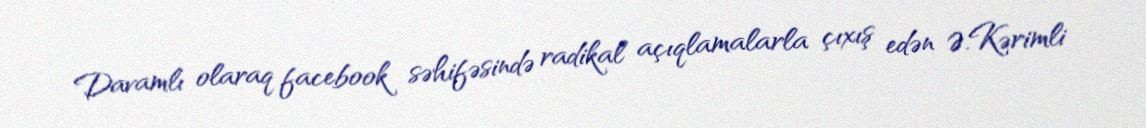
Davamlı olaraq facebook səhifəsində radikal açıqlamalarla çıxış edən Ə.Kərimli